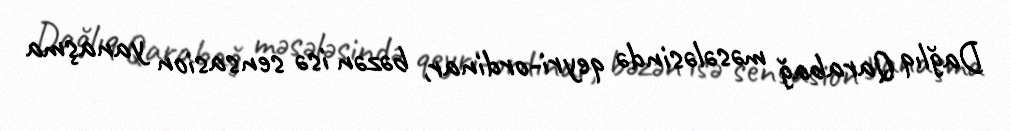
Dağlıq Qarabağ məsələsində qeyri-ordinar, bəzən isə sensasion yanaşma